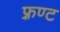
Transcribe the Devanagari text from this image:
फ़्रण्ट